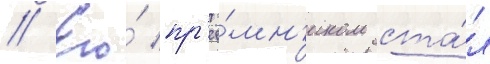
// Его́ пр'ее́мн'иком ста́л